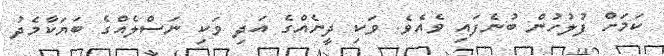
ކަމަށް ފުލުހުން ބުނެފައި ވެއެވެ. ވަކި ދީނެއްގެ އަދި ވަކި ނަސްލެއްގެ ބަޔަކާމެދު